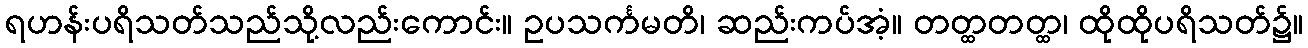
ရဟန်းပရိသတ်သည်သို့လည်းကောင်း။ ဥပသင်္ကမတိ၊ ဆည်းကပ်အံ့။ တတ္ထတတ္ထ၊ ထိုထိုပရိသတ်၌။